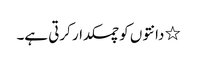
٭ دانتوں کو چمکدار کرتی ہے۔